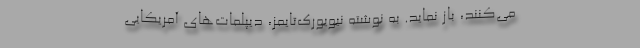
می‌کنند، باز نماید. به نوشته نیویورک‌تایمز، دیپلمات‌های آمریکایی